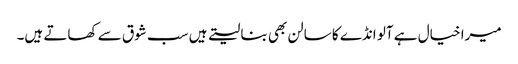
میرا خیال ہے آلو انڈے کا سالن بھی بنا لیتے ہیں سب شوق سے کھاتے ہیں۔